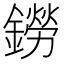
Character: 鐒